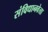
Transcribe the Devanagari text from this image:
संविधानवेत्ता